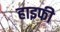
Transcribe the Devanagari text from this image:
हाइफी